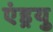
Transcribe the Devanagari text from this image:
एंड्रयु